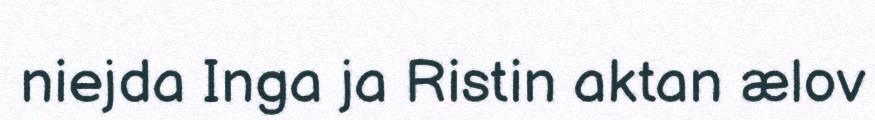
niejda Inga ja Ristin aktan ælov